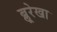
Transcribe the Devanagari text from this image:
ब्लूरेखा